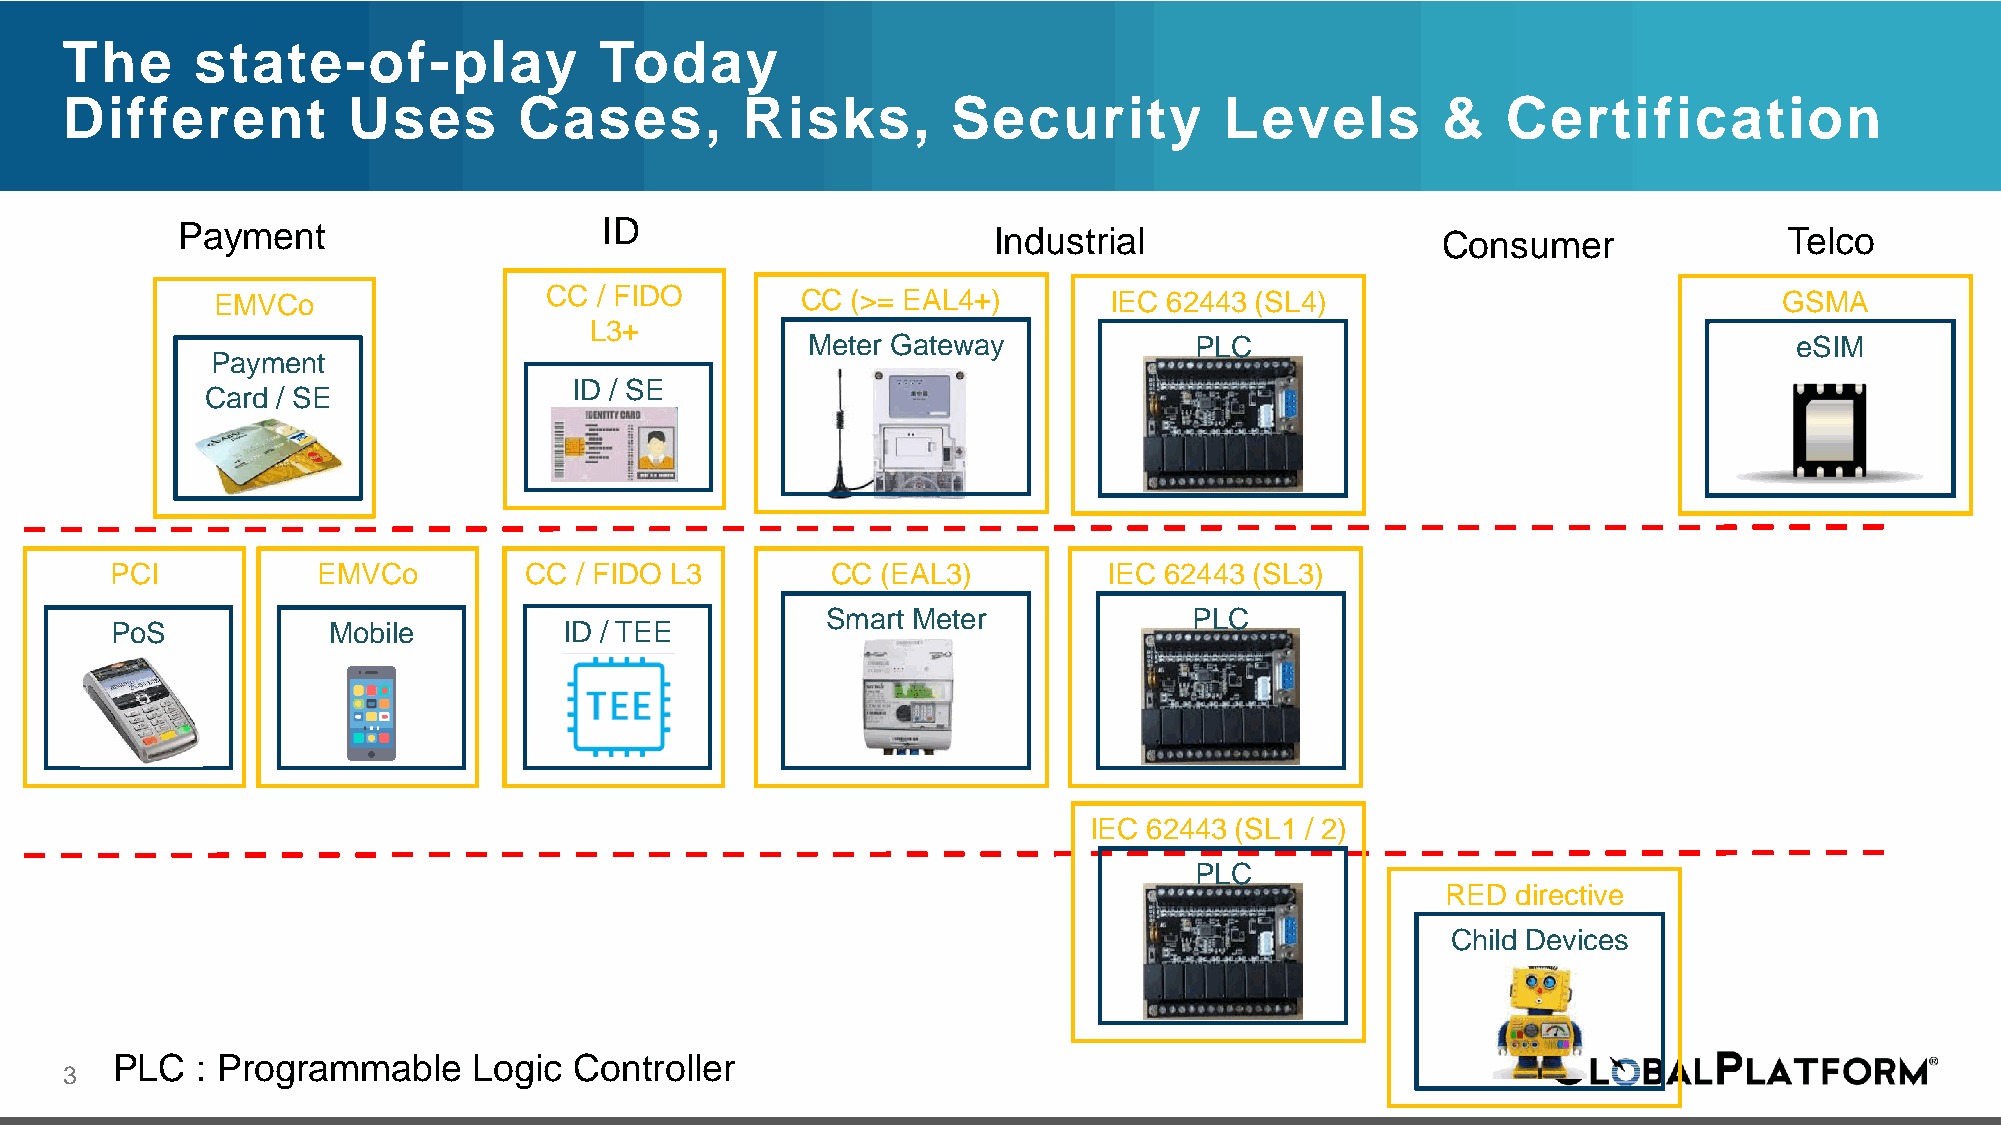
The      state-of-play              Today
 Different          Uses       Cases,         Risks,        Security          Levels        &    Certification
 Payment                     ID                        Industrial                   Consumer               Telco
 EMVCo                 CC / FIDO        CC (>= EAL4+)       IEC 62443 (SL4)                              GSMA
 L3+
 Meter Gateway             PLC                                     eSIM
 Payment
 ID / SE
 Card / SE
 PCI           EMVCo         CC / FIDO L3        CC (EAL3)         IEC 62443 (SL3)
 Smart Meter             PLC
 PoS            Mobile         ID / TEE
 IEC 62443 (SL1 / 2)
 PLC
 RED directive
 Child Devices
 PLC   : Programmable    Logic  Controller
 3